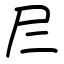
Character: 𡰥